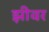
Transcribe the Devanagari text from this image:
झीवर